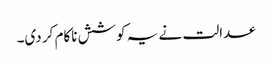
عدالت نے یہ کوشش ناکام کر دی۔